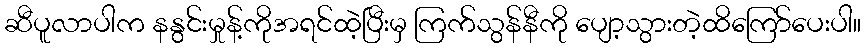
ဆီပူလာပါက နနွင်းမှုန့်ကိုအရင်ထဲ့ပြီးမှ ကြက်သွန်နီကို ပျော့သွားတဲ့ထိကြော်ပေးပါ။